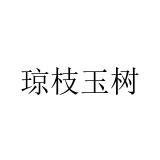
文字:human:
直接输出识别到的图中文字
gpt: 琼枝玉树